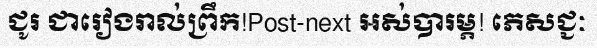
ជូរ ជារៀងរាល់ព្រឹក!Post-next អស់បារម្ភ! ភេសជ្ជៈ